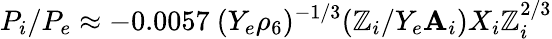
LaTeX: P_{i}/P_{e}\approx-0.0057\ (Y_{e}\rho_{6})^{-1/3}({\mathbb{Z}_{i}/Y_{e}\mathbf{A}_{i}})X_{i}\mathbb{Z}_{i}^{2/3}